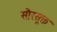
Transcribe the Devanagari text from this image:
सौरसूक्त